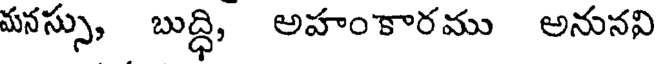
మనస్సు, బుద్ధి, అహంకారము అనునవి